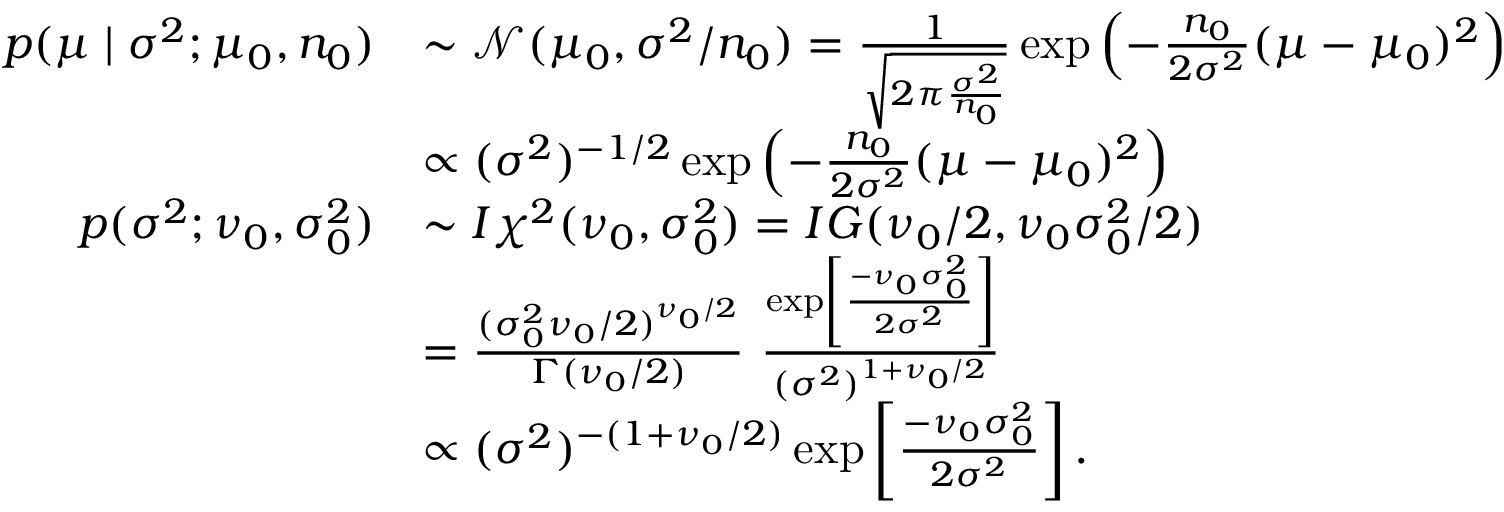
{ \begin{array} { r l } { p ( \mu \mid \sigma ^ { 2 } ; \mu _ { 0 } , n _ { 0 } ) } & { \sim { \mathcal { N } } ( \mu _ { 0 } , \sigma ^ { 2 } / n _ { 0 } ) = { \frac { 1 } { \sqrt { 2 \pi { \frac { \sigma ^ { 2 } } { n _ { 0 } } } } } } \exp \left( - { \frac { n _ { 0 } } { 2 \sigma ^ { 2 } } } ( \mu - \mu _ { 0 } ) ^ { 2 } \right) } \\ & { \propto ( \sigma ^ { 2 } ) ^ { - 1 / 2 } \exp \left( - { \frac { n _ { 0 } } { 2 \sigma ^ { 2 } } } ( \mu - \mu _ { 0 } ) ^ { 2 } \right) } \\ { p ( \sigma ^ { 2 } ; \nu _ { 0 } , \sigma _ { 0 } ^ { 2 } ) } & { \sim I \chi ^ { 2 } ( \nu _ { 0 } , \sigma _ { 0 } ^ { 2 } ) = I G ( \nu _ { 0 } / 2 , \nu _ { 0 } \sigma _ { 0 } ^ { 2 } / 2 ) } \\ & { = { \frac { ( \sigma _ { 0 } ^ { 2 } \nu _ { 0 } / 2 ) ^ { \nu _ { 0 } / 2 } } { \Gamma ( \nu _ { 0 } / 2 ) } } ~ { \frac { \exp \left[ { \frac { - \nu _ { 0 } \sigma _ { 0 } ^ { 2 } } { 2 \sigma ^ { 2 } } } \right] } { ( \sigma ^ { 2 } ) ^ { 1 + \nu _ { 0 } / 2 } } } } \\ & { \propto { ( \sigma ^ { 2 } ) ^ { - ( 1 + \nu _ { 0 } / 2 ) } } \exp \left[ { \frac { - \nu _ { 0 } \sigma _ { 0 } ^ { 2 } } { 2 \sigma ^ { 2 } } } \right] . } \end{array} }